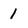
Character: 1